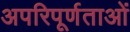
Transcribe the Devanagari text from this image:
अपरिपूर्णताओं